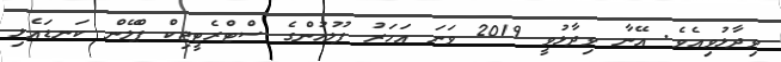
ވިދާޅުވިއެވެ. އޭނާ ވިދާޅުވީ 2019 ވަނަ އަހަރު ފުލުހުންގެ ސްޓްރެޓީޖިކް ޕްލޭން ކަނޑައެޅި